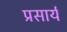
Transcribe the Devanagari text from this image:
प्रसार्य